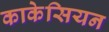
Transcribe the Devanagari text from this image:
काकेसियन